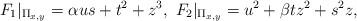
LaTeX: \begin{align*}F_1|_{\Pi_{x,y}} = \alpha us + t^2 + z^3, \ F_2|_{\Pi_{x,y}} = u^2 + \beta t z^2 + s^2 z,\end{align*}